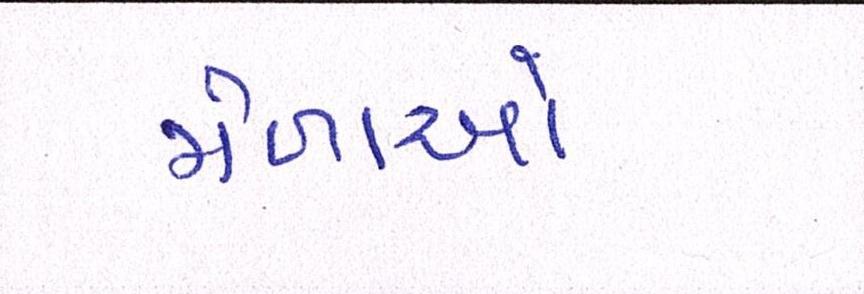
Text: મેળાઓ